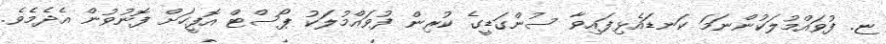
ޏ. ފުވައްމުލަކުންނަމަ ކަނޑައެޅިފައިވާ ސުންގަޑީގެ ކުރިން ފުވައްމުލަކު ޕޯސްޓް އޮފީހަށް ފޮނުވުން އެދެމެވެ.